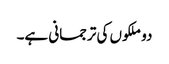
دو ملکوں کی ترجمانی ہے۔